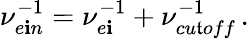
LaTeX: \nu_{e\mathbf{i}n}^{-1}=\nu_{e\mathbf{i}}^{-1}+\nu_{cu\mathfrak{t}off}^{-1}\, .